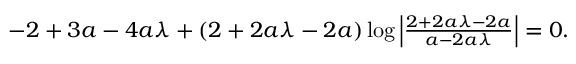
\begin{array} { r } { - 2 + 3 a - 4 a \lambda + ( 2 + 2 a \lambda - 2 a ) \log \left| \frac { 2 + 2 a \lambda - 2 a } { a - 2 a \lambda } \right| = 0 . } \end{array}